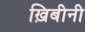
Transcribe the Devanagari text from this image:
ख़िबीनी